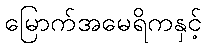
မြောက်အမေရိကနှင့်